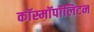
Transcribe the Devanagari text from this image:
कॉस्मॉपॉलिटन